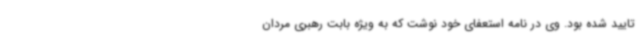
تایید شده بود. وی در نامه استعفای خود نوشت که به ویژه بابت رهبری مردان